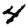
Digit: 4